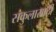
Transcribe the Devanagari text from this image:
संकुलासाठी